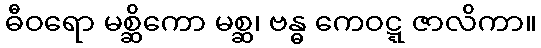
ဓီဝရော မစ္ဆိကော မစ္ဆ၊ ဗန္ဓ ကေဝဋ္ဋ ဇာလိကာ။